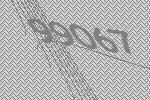
99067